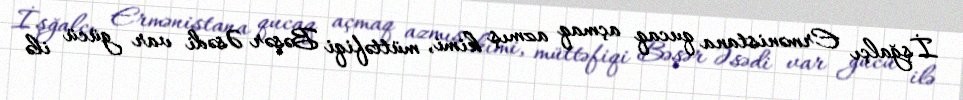
İşğalçı Ermənistana qucaq açmaq azmış kimi, müttəfiqi Bəşər Əsədi var gücü ilə